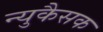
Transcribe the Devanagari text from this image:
न्युकैसक